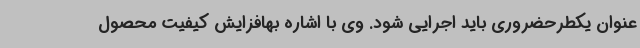
عنوان یکطرحضروری باید اجرایی شود. وی با اشاره بهافزایش کیفیت محصول